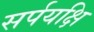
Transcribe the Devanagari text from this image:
सर्पयक्षि